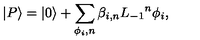
| P \rangle = | 0 \rangle + \sum _ { \phi _ { i } , n } \beta _ { i , n } { L _ { - 1 } } ^ { n } \phi _ { i } ,